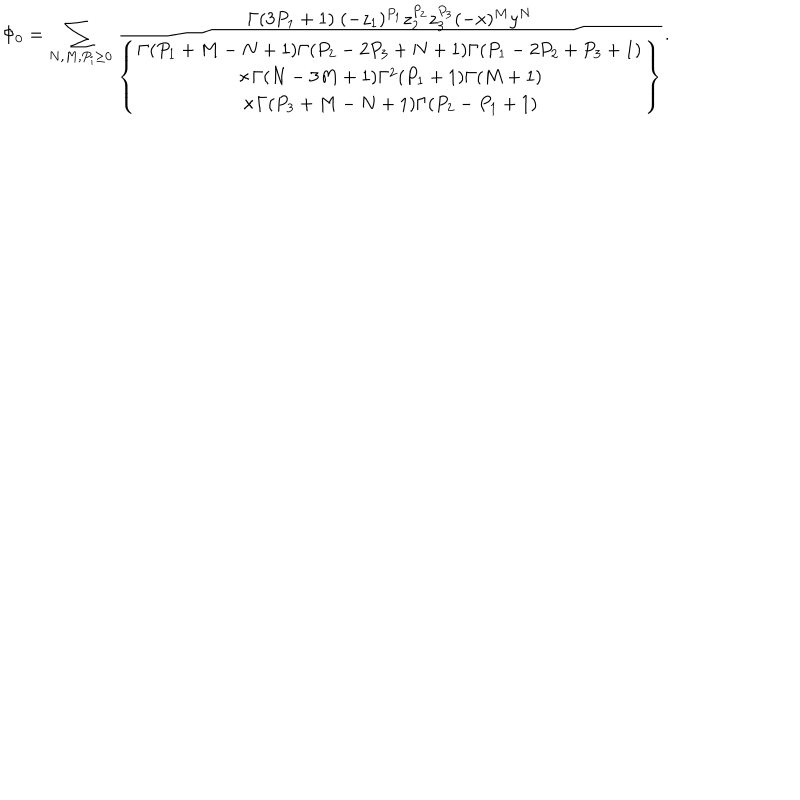
LaTeX: \Phi _ { 0 } = \sum _ { N , M , P _ { i } \geq 0 } \frac { \Gamma ( 3 P _ { 1 } + 1 ) \; ( - z _ { 1 } ) ^ { P _ { 1 } } z _ { 2 } ^ { P _ { 2 } } z _ { 3 } ^ { P _ { 3 } } ( - x ) ^ { M } y ^ { N } } { \left\{ \begin{array} { c } { { \Gamma ( P _ { 1 } + M - N + 1 ) \Gamma ( P _ { 2 } - 2 P _ { 3 } + N + 1 ) \Gamma ( P _ { 1 } - 2 P _ { 2 } + P _ { 3 } + 1 ) } } \\ { { \times \Gamma ( N - 3 M + 1 ) \Gamma ^ { 2 } ( P _ { 1 } + 1 ) \Gamma ( M + 1 ) } } \\ { { \times \Gamma ( P _ { 3 } + M - N + 1 ) \Gamma ( P _ { 2 } - P _ { 1 } + 1 ) } } \\ \end{array} \right\} } .